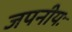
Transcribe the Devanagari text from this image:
जपनीयः